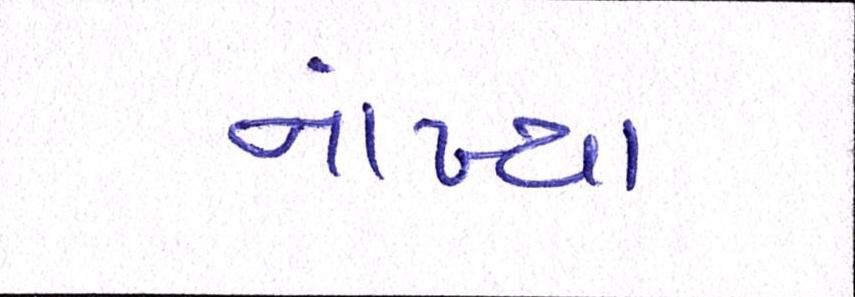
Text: નાંખ્યા